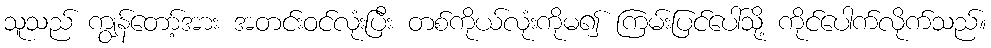
သူသည် ကျွန်တော့်အား အတင်းဝင်လုံးပြီး တစ်ကိုယ်လုံးကိုမ၍ ကြမ်းပြင်ပေါ်သို့ ကိုင်ပေါက်လိုက်သည်။